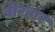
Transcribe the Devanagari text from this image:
वीरहार